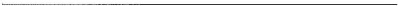
___